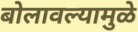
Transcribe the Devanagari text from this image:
बोलावल्यामुळे